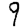
Digit: 9